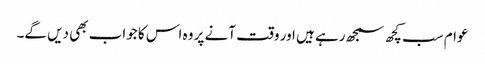
عوام سب کچھ سمجھ رہے ہیں اور وقت آنے پر وہ اس کا جواب بھی دیں گے۔